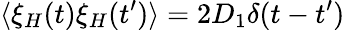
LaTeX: \langle\xi_{H}(t)\xi_{H}(t^{\prime})\rangle=2D_{1}\delta(t-t^{\prime})